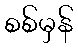
စစ်မှန်